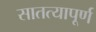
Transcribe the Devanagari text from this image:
सातत्यापूर्ण